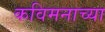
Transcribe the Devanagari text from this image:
कविमनाच्या